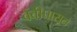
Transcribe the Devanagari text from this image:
बेंबीपासून